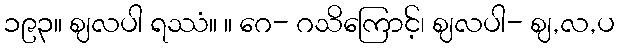
၁၉၃။ ဈလပါ ရဿံ။ ။ ဂေ- ဂသိကြောင့်၊ ဈလပါ- ဈ,လ,ပ